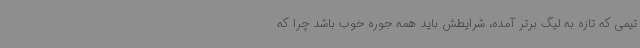
تیمی که تازه به لیگ برتر آمده، شرایطش باید همه جوره خوب باشد چرا که